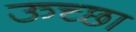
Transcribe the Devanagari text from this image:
ऊच्छा